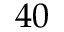
4 0